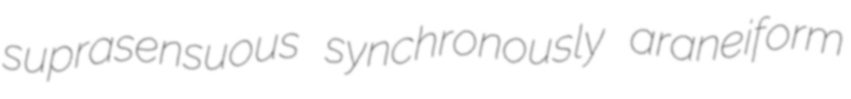
suprasensuous synchronously araneiform